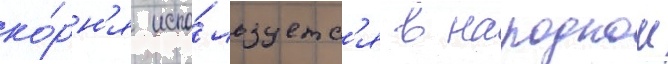
ко́рн'я испо́льзуетс'я в народнои